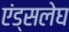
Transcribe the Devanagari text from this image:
एंड्सलेघ